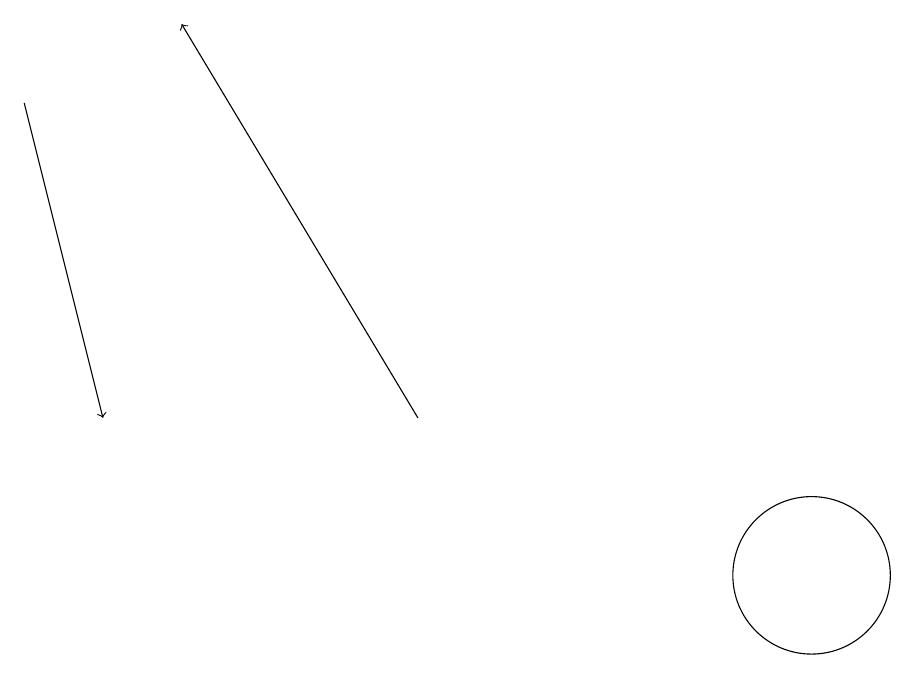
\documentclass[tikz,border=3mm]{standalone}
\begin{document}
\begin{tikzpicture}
\draw[->] (1,18) -- (2,14);
\draw (11,12) circle (1);
\draw[->] (6,14) -- (3,19);
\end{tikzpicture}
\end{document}